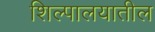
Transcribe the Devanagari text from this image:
शिल्पालयातील